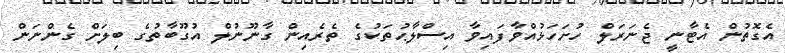
އެގޮތުން އެޓާނީ ޖެނަރަލް ހުށަހަޅުއްވާފައިވާ އިސްލާޙުތަކުގެ ތެރެއިން ގާނޫނުލް އުގޫބާތުގެ ބިލަށް ގެންނަން